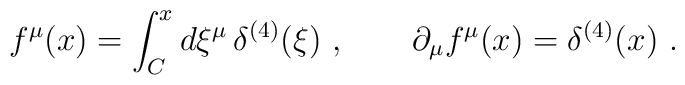
f^{\mu }(x)=\int_{C}^{x}d\xi ^{\mu }\,\delta ^{(4)}(\xi )\ ,\qquad \partial_{\mu }f^{\mu }(x)=\delta ^{(4)}(x)\ .